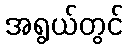
အရွယ်တွင်